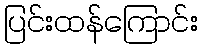
ပြင်းထန်ကြောင်း